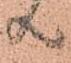
共